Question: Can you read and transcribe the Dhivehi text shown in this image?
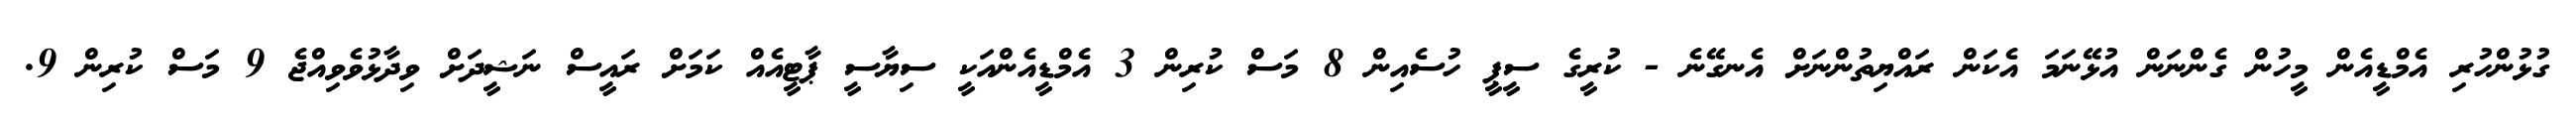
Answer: ގުޅުންހުރި އެމްޑީއެން މީހުން ގެންނަން އުޅޭނަމަ އެކަން ރައްޔިތުންނަށް އެނގޭނެ - ކުރީގެ ސީޕީ ހުސެއިން 8 މަސް ކުރިން 3 އެމްޑީއެންއަކީ ސިޔާސީ ޕާޓީއެއް ކަމަށް ރައީސް ނަޝީދަށް ވިދާޅުވެވިއްޖެ 9 މަސް ކުރިން 9.